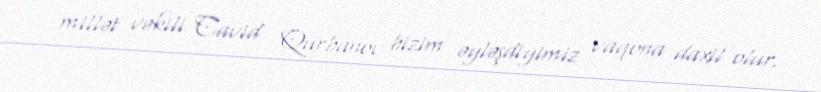
millət vəkili Cavid Qurbanov bizim əyləşdiyimiz vaqona daxil olur.